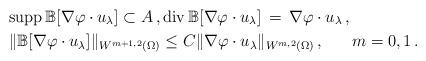
LaTeX: \begin{align*}& {\rm supp}\, \mathbb{B}[\nabla \varphi \cdot u_\lambda] \subset A\,, {\rm div}\, \mathbb{B} [\nabla \varphi \cdot u_\lambda] \, = \, \nabla \varphi \cdot u_\lambda\,,\\& \|\mathbb{B} [\nabla \varphi \cdot u_\lambda]\|_{W^{m+1,2} (\Omega)} \leq C \| \nabla \varphi \cdot u_\lambda \|_{W^{m,2} (\Omega)}\,,~~~~~m=0,1\,.\end{align*}